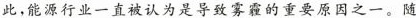
此，能源行业一直被认为是导致雾霾的重要原因之一。随